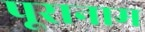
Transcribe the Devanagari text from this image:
पूरानाम